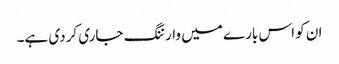
ان کو اس بارے میں وارننگ جاری کردی ہے۔